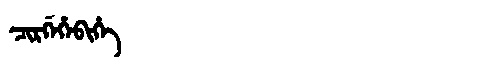
Manchu: ᠴᡳᡵᡤᡝᡥᡝᠪᡳᡥᡝ
Romanization: CIRGEHEBIHE